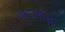
આઠમાએ